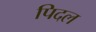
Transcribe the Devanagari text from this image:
पिदल